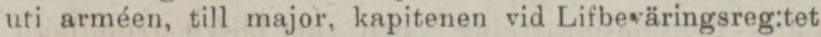
uti arméen, till major, kapitenen vid Lifbeväringsreg:tet